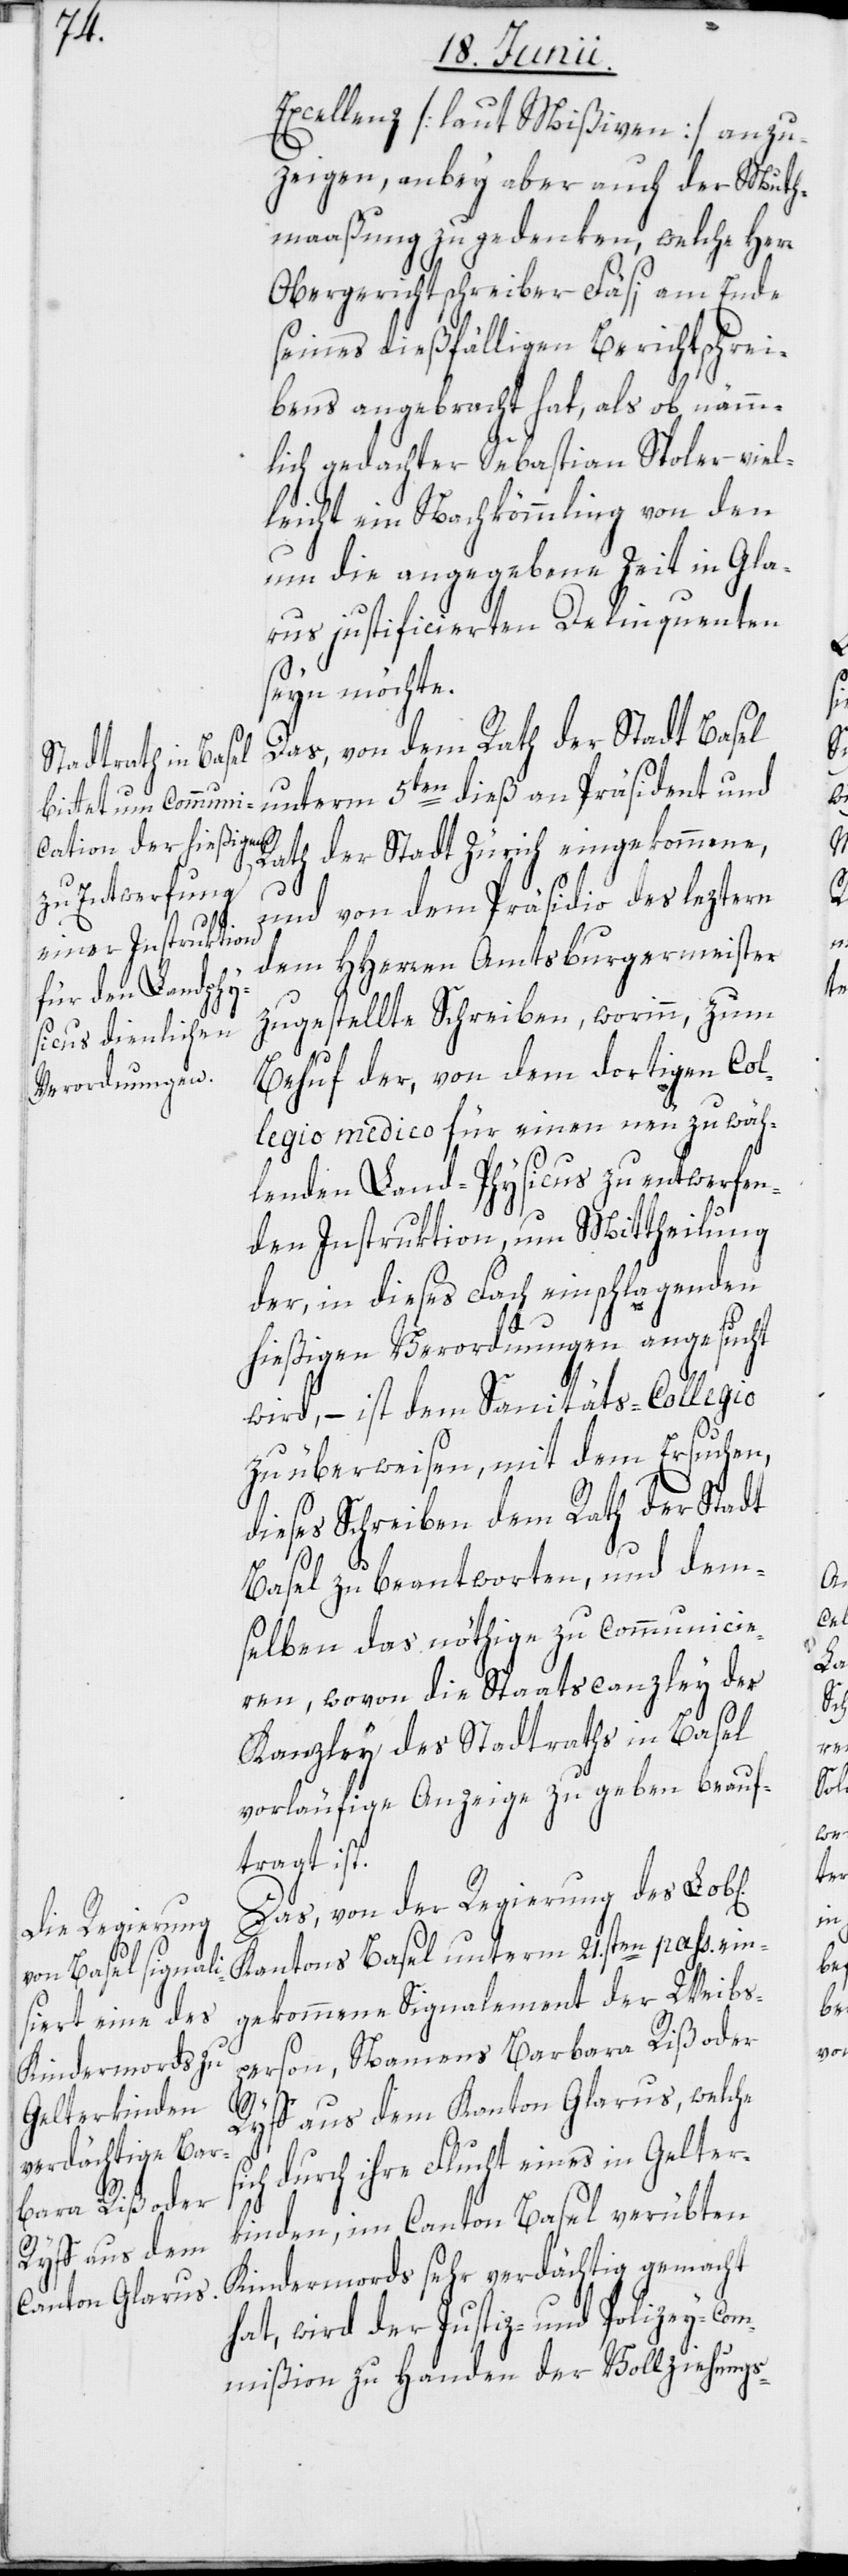
s¬

ichen]

Excellenz [laut Mißiven] anzu¬
zeigen, anbey aber auch der Muth¬
maaßung zu gedenken, welche Herr
Obergerichtschreiber Fäsi am Ende
seines dießfälligen Berichtschrei¬
bens angebracht hat, als ob nämm¬
lich gedachter Sebastian Spoler viel¬
leicht ein Nachkömmling von den
um die angegebene Zeit in Gla¬
rus justificierten Delinquenten
seyn möchte.
Das, von dem Rath der Stadt Basel
unterm 5ten dieß an Präsident und
Rath der Stadt Zürich eingekommene,
und von dem Präsidio des leztern
dem HHerren Amtsburgermeister
zugestellte Schreiben, worinn zum
Behuf der, von dem dortigen Col¬
legio medico für einen neu zu wäh¬
lenden Land-Physicus zu entwerfen¬
den Instruktion, um Mittheilung
der, in dieses Fach einschlagenden
hießigen Verordnungen angesucht
wird, – ist dem Sanitäts-Collegio
zu überweisen, mit dem Ersuchen,
dieses Schreiben dem Rath der Stadt
Basel zu beantworten, und dem¬
selben das nöthige zu communicie¬
ren, wovon die Staatscanzley der
Kanzley des Stadtraths in Basel
vorläufige Anzeige zu geben beauf¬
tragt ist.
Das, von der Regierung des Lob[l¬
Kantons Basel unterm 21.sten pass. ein¬
gekommene Signalement der Weibs¬
person, Namens Barbara Riß oder
Ryst aus dem Kanton Glarus, welche
ich durch ihre Flucht eines in Gelter¬
kinden, im Canton Basel verübten
Kindermords sehr verdächtig gemacht
hat, wird der Justiz- und Polizey-Com¬
mißion zu Handen der Vollziehungs-